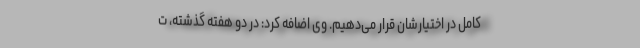
کامل در اختیارشان قرار می‌دهیم. وی اضافه کرد: در دو هفته گذشته، ت